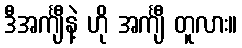
ဒီအင်္ကျီနဲ့ ဟို အင်္ကျီ တူလား။